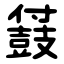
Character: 䵾